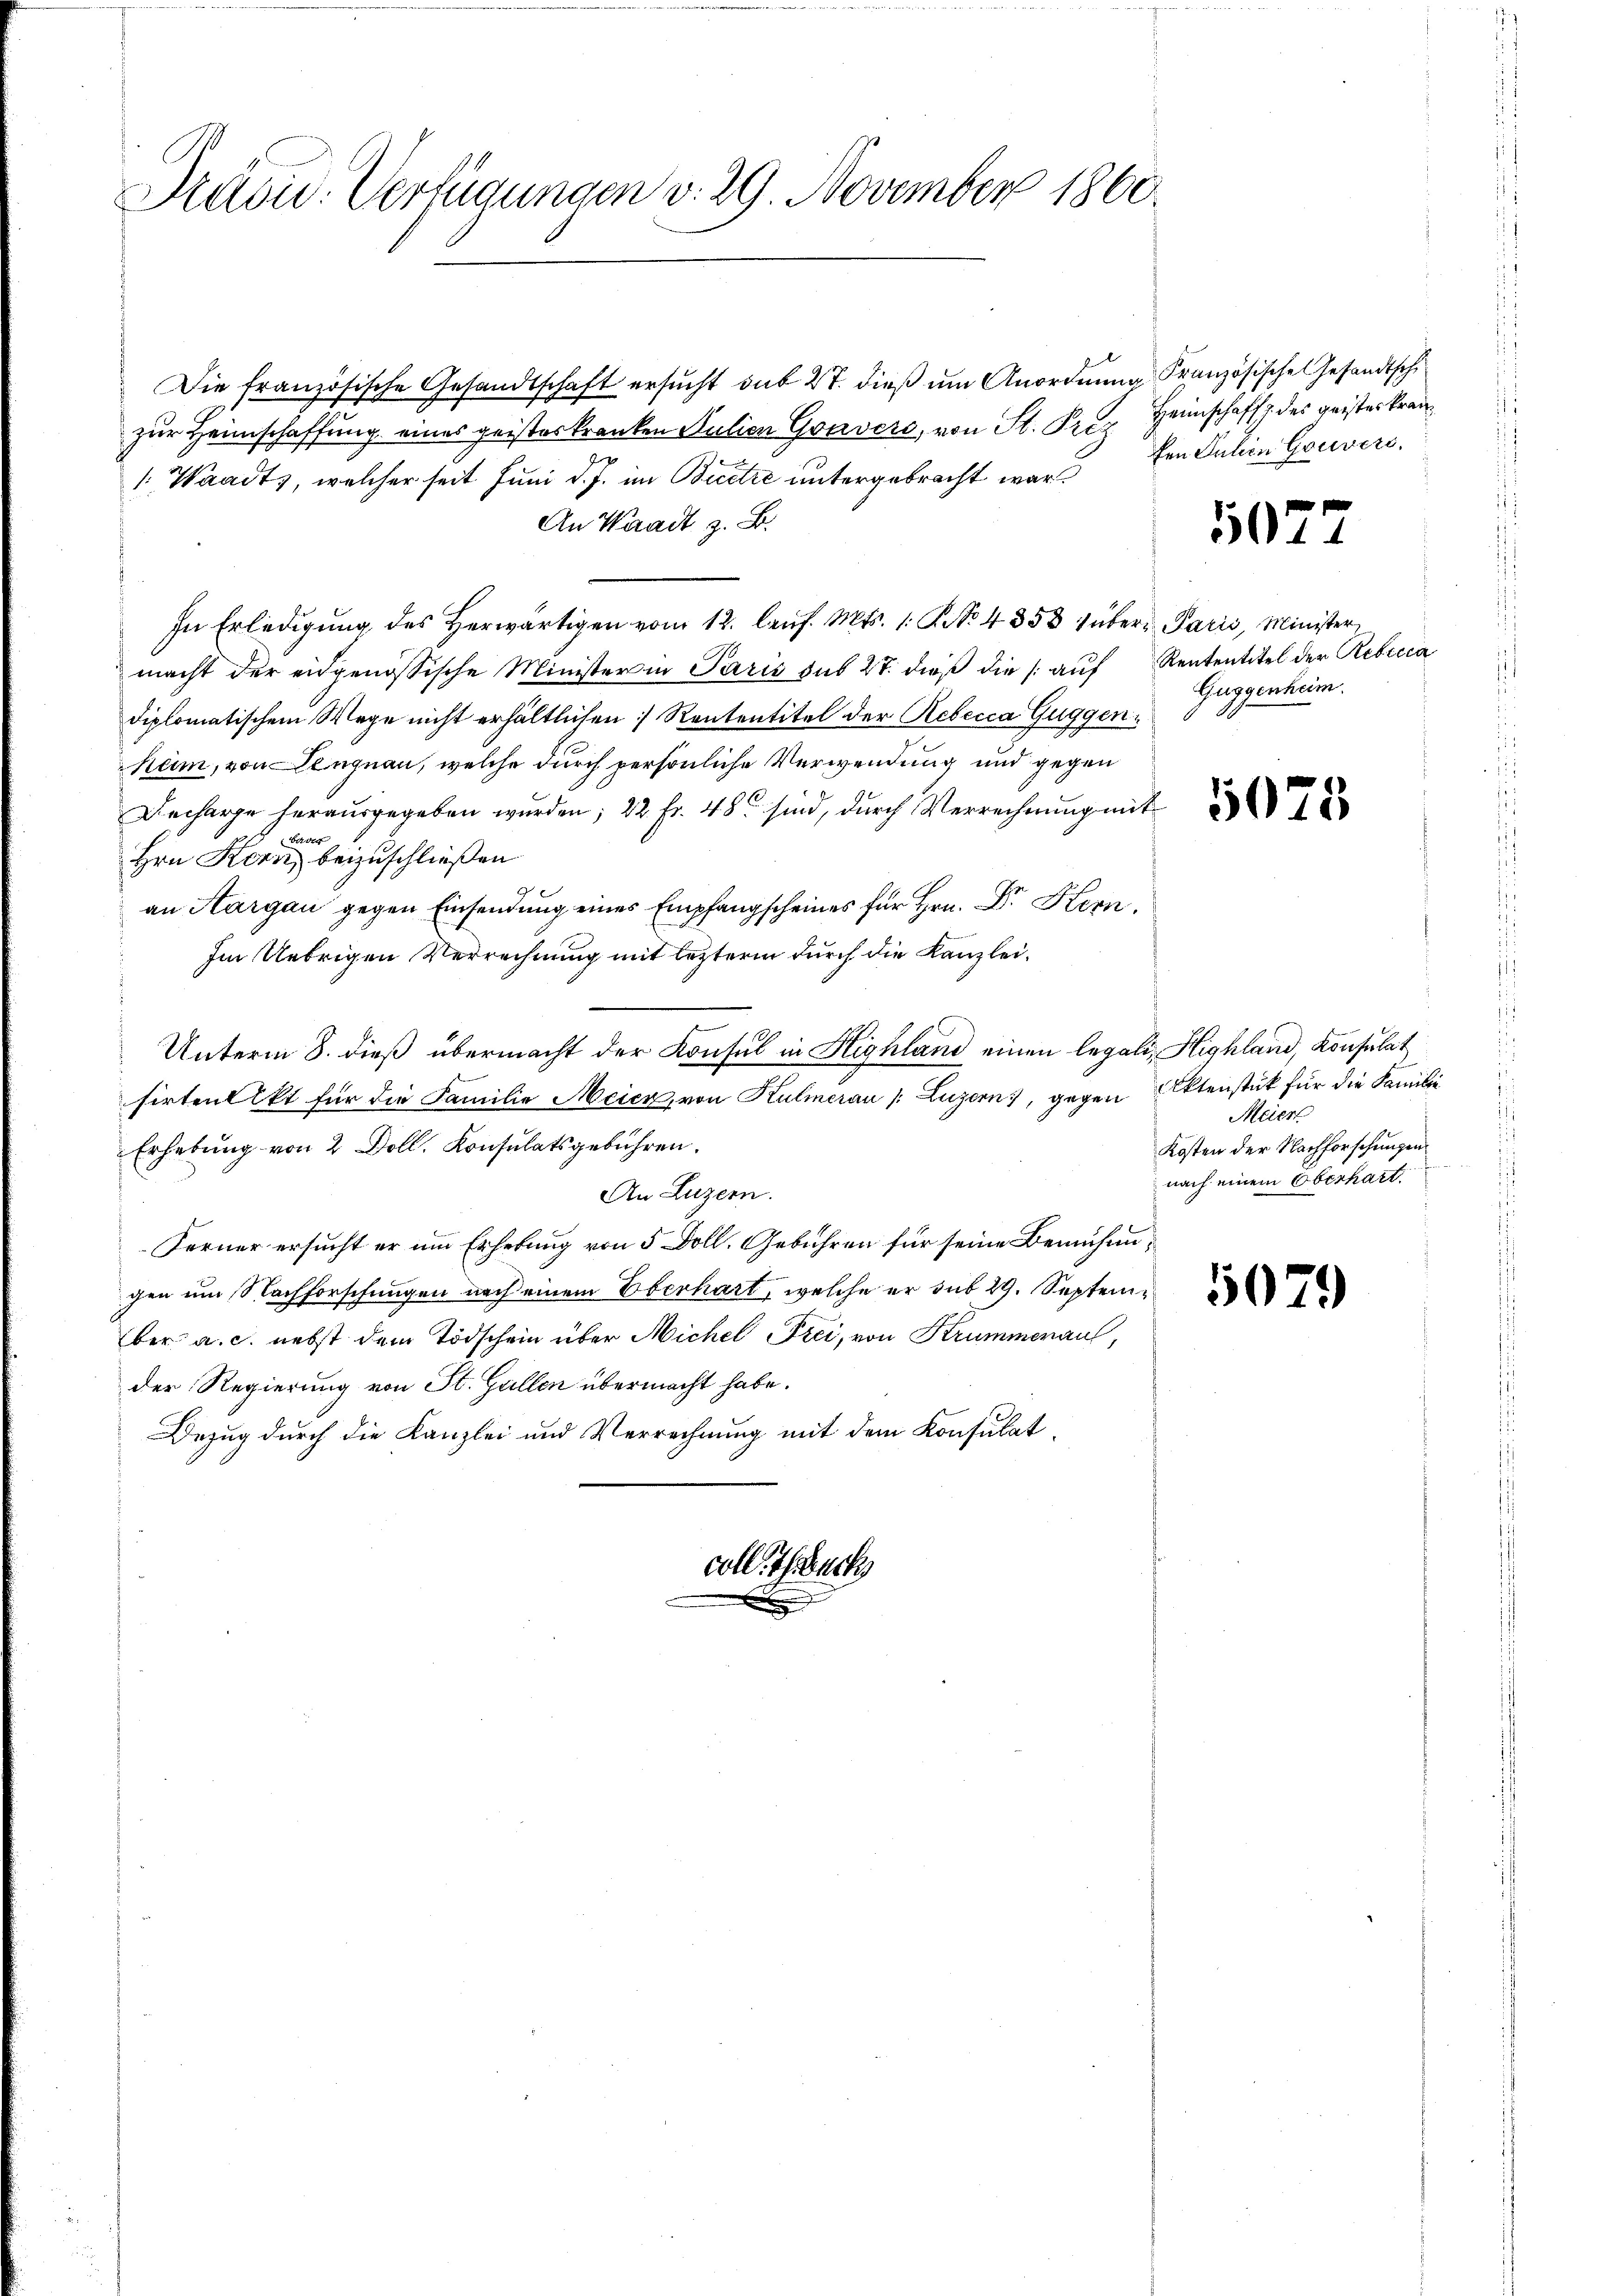
Präsid. Verfügungen v. 29. November 1860

Die französische Gesandtschaft ersucht sub 27. dieß um Anordnung Französische Gesandtsche
zur Heimschaffung eines geisteskranken Julien Gravers, von St. Prez
1: Waadt, welcher seit Juni d. J. im Beitre untergebracht waren Jahren Gouvers
An Waadt z. B.
In Erledigŭng des herwärtigen vom 12. laŭf. Mts. 1. No. 4358 über Paris, Minister
macht der eidgenössische Minister in Paris sub 27. dieß die (: auf
diplomatischem Wege nicht erhältlichen Rententitel der Rebecca Guggen¬
Rum, von Lengnau, welche durch persönliche Verwendung und gegen
Decharge herausgegeben wurden; 22 Fr. 48 sind, durch Verrechnung mit
bader
Hrn Kern beizuschließen
an Aargau gegen Einsendung eines Empfangscheines für Hrn. Dr. Hern
Im Uebrigen Verrechnung mit lezterm durch die Kanzlei¬
Unterm 8. dieß übermacht der Konsul in Highland einen legali, Highland, Konsulat
sirten Akt für die Familie Meier, von Kulmerau (Luzern, gegen Aktenstück für die Familie
Erhebung von 2 Doll. Konsulatsgebühren.
An Luzern.
Ferner ersucht er um Erhebung von 5 Doll. Gebühren für seine Bemühungen um Nachforschungen nach einem Oberhart, welche er sub 29. September a. c. nebst dem Todschein über Michel Frei, von Krummeraus,
der Regierung von St. Gallen übermacht habe.
Bezug durch die Kanzlei und Verrechnung mit dem Konsulatcoll. Schwach

Heimschaft z. des geisteskran¬

5077

Rententitel der Rebicca
Guggentum.

5078

Meier
Kosten der Nachforschungen
nach einem Oberhart

5079